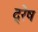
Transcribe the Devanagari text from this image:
द्रेष